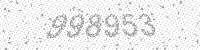
Solution: 998953